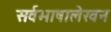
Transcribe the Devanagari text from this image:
सर्वभाषालेखन